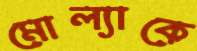
মোল্যাকে